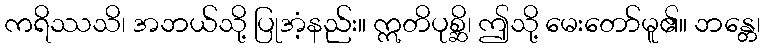
ကရိဿသိ၊ အဘယ်သို့ ပြုအံ့နည်း။ ဣတိပုစ္ဆိ၊ ဤသို့ မေးတော်မူ၏။ ဘန္တေ၊